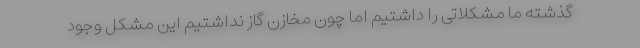
گذشته ما مشکلاتی را داشتیم اما چون مخازن گاز نداشتیم این مشکل وجود